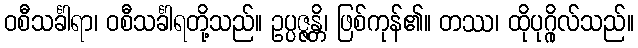
ဝစီသင်္ခါရာ၊ ဝစီသင်္ခါရတို့သည်။ ဥပ္ပဇ္ဇန္တိ၊ ဖြစ်ကုန်၏။ တဿ၊ ထိုပုဂ္ဂိုလ်သည်။